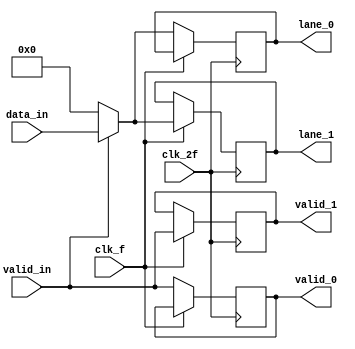
/* PHY Layer for PCIe Interface
 * Byte striping module
 *
 */
// Byte Striping
module BYTE_STRIPING(lane_0, lane_1, valid_0, valid_1, data_in, valid_in, clk_2f, clk_f);
	output reg [31:0] lane_0, lane_1;
	output reg valid_0, valid_1;
	input [31:0] data_in;
	input valid_in;
	input clk_2f, clk_f;

	always @(posedge clk_2f)
				begin
					if(~clk_f)
						begin
							valid_0 <= valid_in;
							lane_0 <= (valid_in ? data_in:'b0);
						end
					else if(clk_f)
						begin
							valid_1 <= valid_in;
							lane_1 <= (valid_in ? data_in:'b0);
						end
					else 
						begin
							valid_0 <= 0;
							valid_1 <= 0;
							lane_0 <= 'b0;
							lane_1 <= 'b0;
						end
				end

endmodule